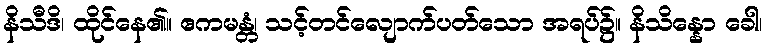
နိသီဒိ၊ ထိုင်နေ၏။ ဧကမန္တံ၊ သင့်တင်လျောက်ပတ်သော အရပ်၌။ နိသိန္နော ခေါ၊